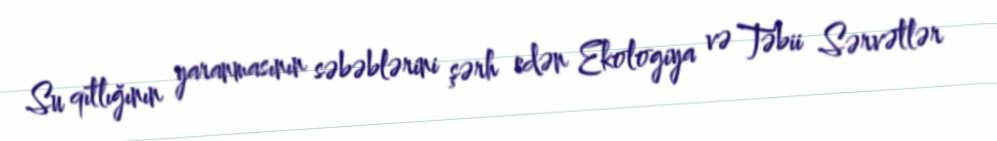
Su qıtlığının yaranmasının səbəblərini şərh edən Ekologiya və Təbii Sərvətlər